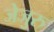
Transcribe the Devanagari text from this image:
जेजुरु